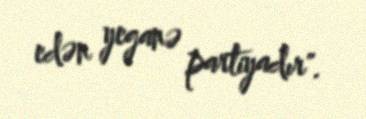
edən yeganə partiyadır".